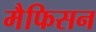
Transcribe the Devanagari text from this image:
मैफिसन